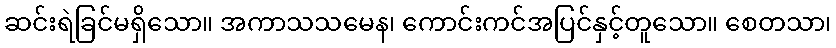
ဆင်းရဲခြင်မရှိသော။ အကာသသမေန၊ ကောင်းကင်အပြင်နှင့်တူသော။ စေတသာ၊